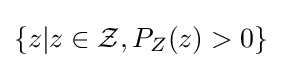
\{z|z\in {\mathcal {Z}},P_{Z}(z)>0\}